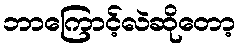
ဘာကြောင့်လဲဆိုတော့